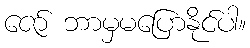
ဇော် ဘာမှမပြောနိုင်ပါ။